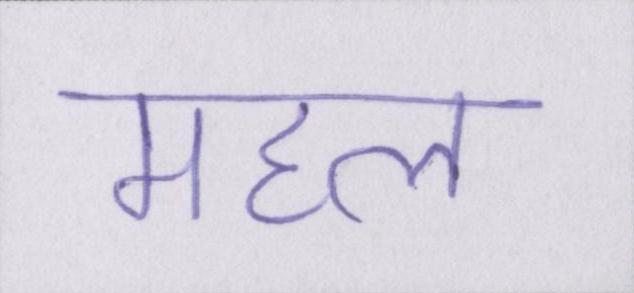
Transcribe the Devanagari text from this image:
महल